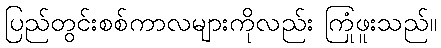
ပြည်တွင်းစစ်ကာလများကိုလည်း ကြုံဖူးသည်။